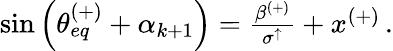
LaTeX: \begin{array}{r}{\sin\left(\theta_{eq}^{(+)}+\alpha_{k+1}\right)=\frac{\beta^{(+)}}{\sigma^{\uparrow}}+x^{(+)}\, .}\end{array}